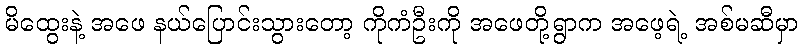
မိထွေးနဲ့ အဖေ နယ်ပြောင်းသွားတော့ ကိုကံဦးကို အဖေတို့ရွာက အဖေ့ရဲ့ အစ်မဆီမှာ